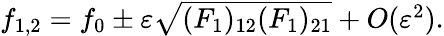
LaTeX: \begin{array}{r}{f_{1,2}=f_{0}\pm\varepsilon\sqrt{(F_{1})_{12}(F_{1})_{21}}+O(\varepsilon^{2}).}\end{array}